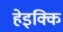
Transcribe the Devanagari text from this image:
हेइक्कि